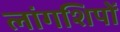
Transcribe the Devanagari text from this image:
लांगशिपों